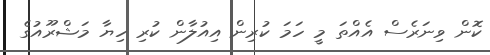
ކޮން ވިނަރެސް އެއްތަ މީ ހަމަ ކުރިން އިއުލާން ކުރި ހިޔާ މަޝްރޫއުގެ